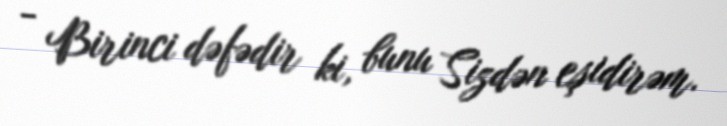
- Birinci dəfədir ki, bunu Sizdən eşidirəm.